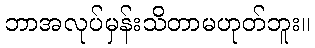
ဘာအလုပ်မှန်းသိတာမဟုတ်ဘူး။